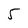
Character: 5